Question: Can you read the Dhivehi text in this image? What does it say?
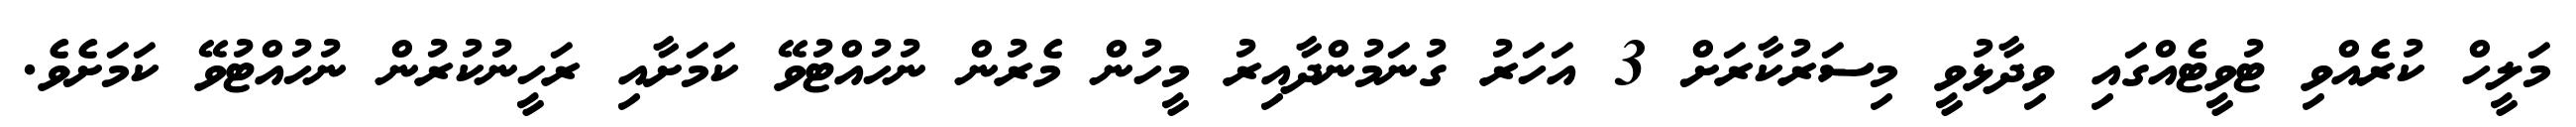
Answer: މަލީހް ކުރެއްވި ޓުވީޓެއްގައި ވިދާޅުވީ މިސަރުކާރަށް 3 އަހަރު ގުނަމުންދާއިރު މީހުން މެރުން ނުހުއްޓުވޭ ކަމަށާއި ރަހީނުކުރުން ނުހުއްޓުވޭ ކަމަށެވެ.